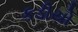
કડીયો